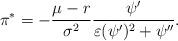
LaTeX: \begin{align*}\pi^\ast = -\frac{\mu-r}{\sigma^2} \frac{\psi'}{\varepsilon (\psi')^2+\psi''}.\end{align*}